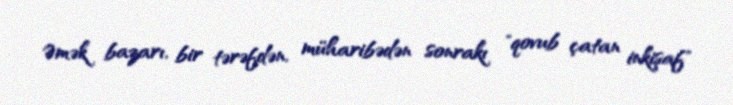
Əmək bazarı, bir tərəfdən, müharibədən sonrakı "qovub çatan inkişaf"